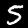
Digit: 5